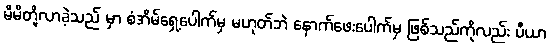
မိမိတို့လာခဲ့သည် မှာ စံအိမ်ရှေ့ပေါက်မှ မဟုတ်ဘဲ နောက်ဖေးပေါက်မှ ဖြစ်သည်ကိုလည်း ပီယာ